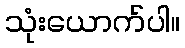
သုံးယောက်ပါ။